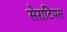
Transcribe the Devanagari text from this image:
सेराटिपस